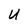
Character: U